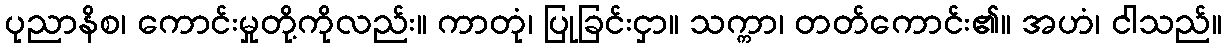
ပုညာနိစ၊ ကောင်းမှုတို့ကိုလည်း။ ကာတုံ၊ ပြုခြင်းငှာ။ သက္ကာ၊ တတ်ကောင်း၏။ အဟံ၊ ငါသည်။